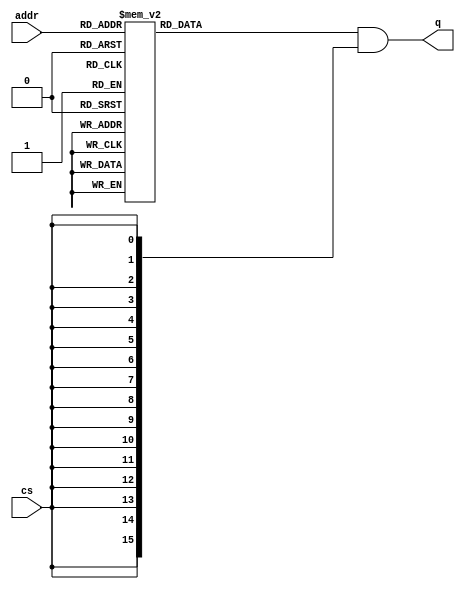
module crt_address_decoder(addr, cs, q);

localparam WIDTH = 4;
localparam OUTPUT_WIDTH = {1'b1, {WIDTH{1'b0}}};

input [WIDTH-1:0] addr;
input cs;
output [OUTPUT_WIDTH-1:0] q;

reg [OUTPUT_WIDTH-1:0] m;
assign q = m & {OUTPUT_WIDTH{cs}};

always @(addr)
begin
	case(addr)
	default: m = 16'b0;
	4'h0: m = 16'b0000000000000001;
	4'h1: m = 16'b0000000000000010;
	4'h2: m = 16'b0000000000000100;
	4'h3: m = 16'b0000000000001000;
	4'h4: m = 16'b0000000000010000;
	4'h5: m = 16'b0000000000100000;
	4'h6: m = 16'b0000000001000000;
	4'h7: m = 16'b0000000010000000;
	4'h8: m = 16'b0000000100000000;
	4'h9: m = 16'b0000001000000000;
	4'hA: m = 16'b0000010000000000;
	4'hB: m = 16'b0000100000000000;
	4'hC: m = 16'b0001000000000000;
	4'hD: m = 16'b0010000000000000;
	4'hE: m = 16'b0100000000000000;
	4'hF: m = 16'b1000000000000000;
	endcase
end

endmodule